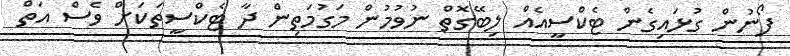
ފޯނުން ގުޅައިގެން ޓެކްސީއެއް ލިބޭގޮތް ނުވުމުން މަގުމަތިން ދާ ޓެކްސީތަކަށް ވެސް އަތް